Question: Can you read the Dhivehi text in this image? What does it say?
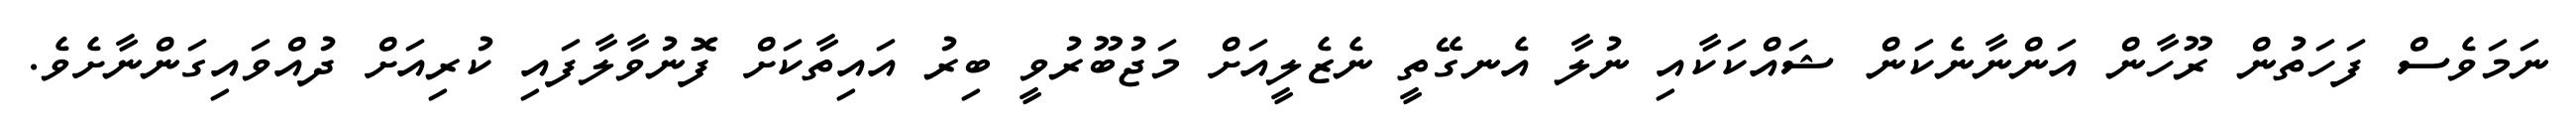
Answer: ނަމަވެސް ފަހަތުން ރޫހާން އަންނާނެކަން ޝައްކަކާއި ނުލާ އެނގޭތީ ނެޒެލީއަށް މަޖުބޫރުވީ ބިރު އައިތާކަށް ފޮނުވާލާފައި ކުރިއަށް ދުއްވައިގަންނާށެވެ.